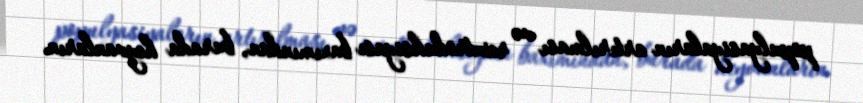
populyasiyaların artırılması və reintroduksiyası baxımından, burada heyvanların